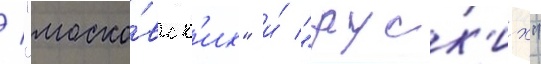
/ "моско́вск'их" и́ "руск'их"